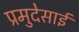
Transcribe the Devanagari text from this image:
प्रमुदेसाई